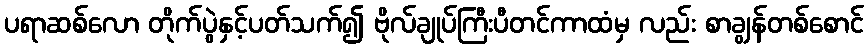
ပရာဆစ်လော တိုက်ပွဲနှင့်ပတ်သက်၍ ဗိုလ်ချုပ်ကြီးပီတင်ကာထံမှ လည်း စာချွန်တစ်စောင်